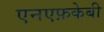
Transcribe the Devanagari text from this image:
एनएफ़केबी